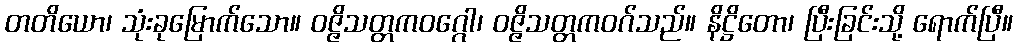
တတိယော၊ သုံးခုမြောက်သော။ ဝဇ္ဇိသတ္တကဝဂ္ဂေါ၊ ဝဇ္ဇိသတ္တကဝဂ်သည်။ နိဋ္ဌိတော၊ ပြီးခြင်းသို့ ရောက်ပြီ။